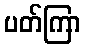
ပတ်ကြာ